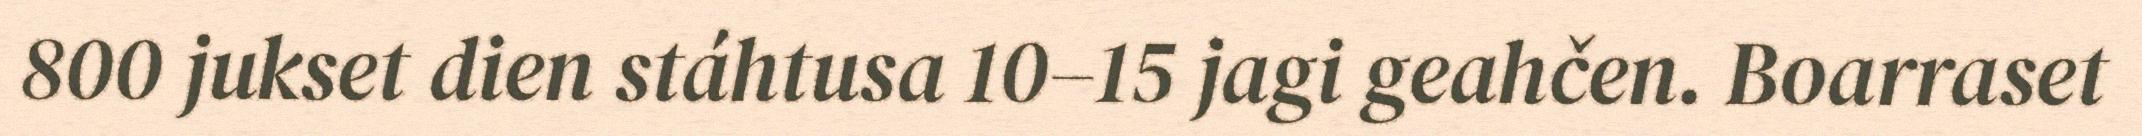
800 jukset dien stáhtusa 10–15 jagi geahčen. Boarraset